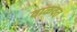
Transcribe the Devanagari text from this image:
वाळवत